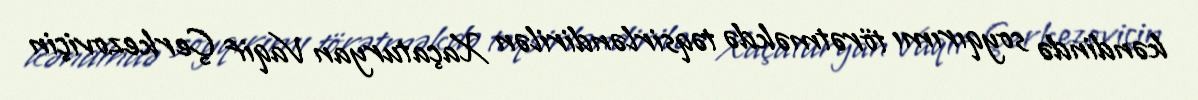
kəndində soyqırımı törətməkdə təqsirləndirilən Xaçaturyan Vaqif Çerkezoviçin